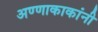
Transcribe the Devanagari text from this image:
अण्णाकाकांनी